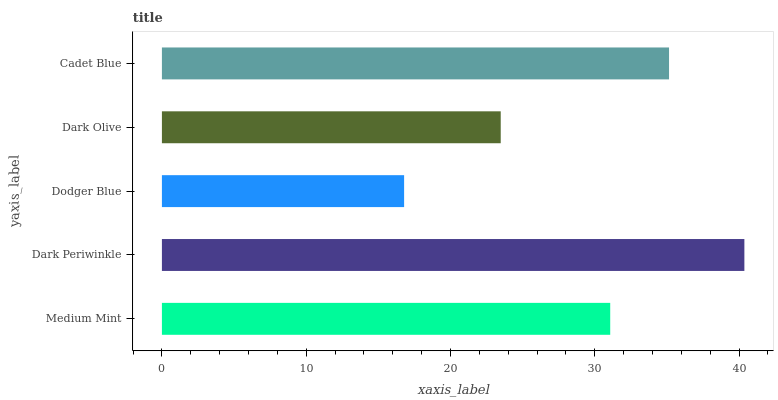
| yaxis_label | bars |
 | --- | --- |
 | Medium Mint | 31.1 |
 | Dark Periwinkle | 40.4 |
 | Dodger Blue | 16.8 |
 | Dark Olive | 23.5 |
 | Cadet Blue | 35.2 |